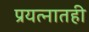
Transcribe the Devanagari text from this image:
प्रयत्नातही